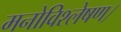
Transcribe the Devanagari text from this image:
मनोविश्लेषण।